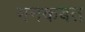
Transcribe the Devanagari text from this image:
मनकबत